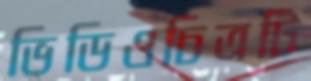
ভিডিওচিত্রটি